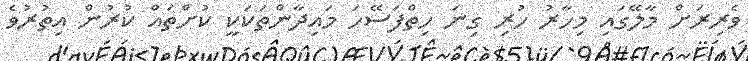
ވެރިރަށް މާލޭގައި މިހާރު ހުރި ގިނަ ހިތްފަސޭހަ މައިދާންތަކަކީ ކުށްތައް ކުރުން އިތުރުވެ